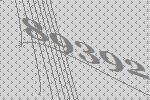
89392